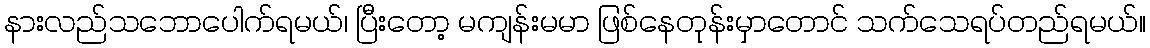
နားလည်သဘောပေါက်ရမယ်၊ ပြီးတော့ မကျန်းမမာ ဖြစ်နေတုန်းမှာတောင် သက်သေရပ်တည်ရမယ်။